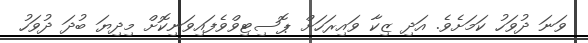
ވަނަ ދުވަހު ކަމަށެވެ. އަދި ޒިކާ ވައިރަހަށް ޕޮސިޓިވްވެފައިވަނިކޮށް މިދިޔަ ބުދަ ދުވަހު